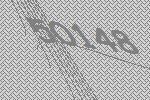
50148